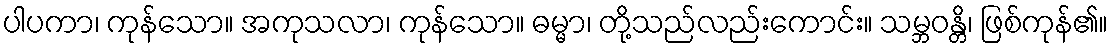
ပါပကာ၊ ကုန်သော။ အကုသလာ၊ ကုန်သော။ ဓမ္မာ၊ တို့သည်လည်းကောင်း။ သမ္ဘဝန္တိ၊ ဖြစ်ကုန်၏။